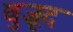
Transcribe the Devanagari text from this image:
वुज़ूद